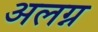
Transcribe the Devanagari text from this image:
अलग्न